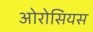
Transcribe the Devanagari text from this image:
ओरोसियस